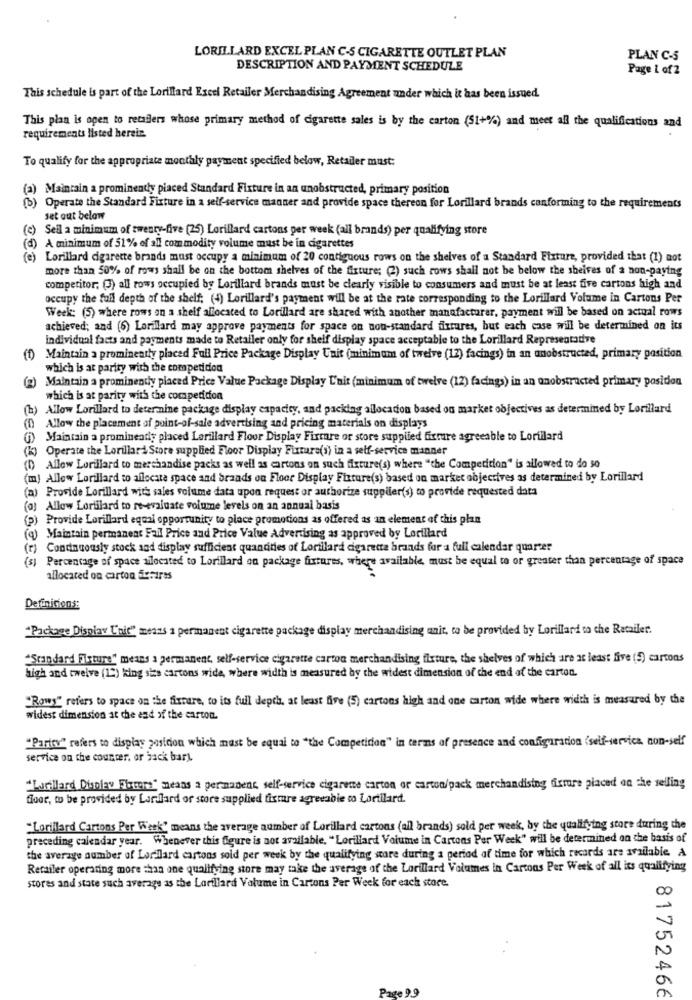
LORILLARD EXCEL PLAN C-5 CIGARETTE OUTLET PLAN
PLAN C-5
DESCRIPTION AND PAYMENT SCHEDULE
Page 1 of 2
This schedule is part of the Lorillard Excel Retailer Merchandising Agreement under which it has been issued
This plan is open to retailers whose primary method of cigarette sales is by the carton (51+%) and meet all the qualifications and
requirements listed herein.
To qualify for the appropriate monthly payment specified below, Retailer must:
(a) Maintain a prominently piaced Standard Fixture in an unobstructed, primary position
(b) Operate the Standard Fixture in a self-service manner and provide space thereon for Lorillard brands conforming to the requirements
set out below
)Sell a minimum of twenty-five (25) Lorillard cartons per week (all brands) per qualifying store
(d) A minimum of 51% of all commodity volume must be in cigarettes
Lorillard cigarette brands must occupy a minimum of 20 contiguous rows on the shelves of a Standard Fixture, provided that (1) not
more than 50% of rows shall be on the bottom shelves of the fixture; (2) such rows shall not be below the sheives of a non-paying
competitor; (3) all rows occupied by Lorillard brands must be clearly visible to consumers and must be at least five cartons high and
occupy the full depth of the shelf; (4) Lorillard's payment will be at the rate corresponding to the Lorillard Volume in Cartons Per
Week: (5) where rows on a shelf allocated to Lorillard are shared with another manufacturer, payment will be based on actual rows
achieved; and (6) Lorillard may approve payments for space on non-standard fixtures, but each case will be determined on its
individual facts and payments made to Retailer only for shelf display space acceptable to the Lorillard Representative
Maintain a prominently placed Full Price Package Display Unit (minimum of twelve (12) facings) in an anobstructed, primary position
which is at parity with the competition
(2)
Maintain a prominently placed Price Value Package Display L'nit (minimum of twelve (12) facings) in an onobstructed primary position
which is at parity with the competition
(b) Allow Lorillard to determine package display capacity, and packing allocation based on market objectives as determined by Lorillard
(1) Allow the placement of point-of-sale advertising and pricing materials on displays
Maintain a prominearly placed Lorillard Floor Display Fixture or store supplied fixture agreeable to Lorillard
(k) Operate the Lorillard Store supplied Floor Display Fixture(s) in a self-service manner
(D) Allow Lorillard to merchandise packs as well as cartons on such fixture(s) where "the Competition" is allowed to do 30
(m) Allow Lorillard to allocate space and brands on Floor Display Fixture(s) based on market objectives as determined by Lorillard
(n) Provide Lorillard with sales volume data upon request or authorize supplier(s) to provide requested data
(@) Allow Lorillard to re-evaluate volume levels on an annual basis
(p) Provide Lorillard equal opportunity to place promotions as offered as an element of this plan
) Maintain permanent Fail Price and Price Value Advertising as approved by Lorillard
(r) Condnuously stock and display sufficient quandities of Lorillard cigarette brands for a full calendar quarter
(s)
Percentage of space silocated to Lorillard on package fixtures, where available, must be equal to or greater than percentage of space
allocated on carton Surires
Definicions:
"Package Display Unit" means a permanent cigarette package display merchandising unit, to be provided by Lorillard to che Racaller.
"Standard Fixture" means a permanent, self-service cigarette carton merchandising fixture, the shelves of which are at least five (5) cartons
high and twelve (12) king size cartons wide, where width is measured by the widest dimension of the end of the carton.
"Rows" refers to space on the fixrare, to its full depth, at least five (5) cartons high and one carton wide where width is measured by the
widest dimension at the end of the carton.
"Parisv" refers to display posicion which must be equal to "the Competition" in terms of presence and configuration (self-service, non-self
service on the counter, or back bary
"Lurtillard Display Furters" means a permanent, self-service cigarette carton or carton/pack merchandising fixture placed on the selling
floor, to be provided by Lorilard or store supplied fixmre agreeable to Lorillard.
"Lorillard Cartons Per Week" means the average number of Lorillard cartons (all brands) sold per week, by the qualifying store during the
preceding calendar year. Whenever this figure is not available, "Lorillard Volume in Cartons Per Week" will be determined on the basis of
the average number of Lorillard cartons sold per week by the qualifying store during a period of time for which records are available. A
Retailer operating more than one qualifying store may take the average of the Lorillard Volumes in Cartons Per Week of all its qualifying
stores and state such average as the Lorillard Volume in Cartons Per Week for each store.
Page 9.9
81752466